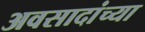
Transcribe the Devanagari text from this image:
अवसादांच्या